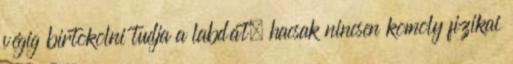
végig birtokolni tudja a labdát, hacsak nincsen komoly fizikai